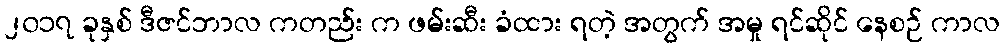
၂၀၁၇ ခုနှစ် ဒီဇင်ဘာလ ကတည်း က ဖမ်းဆီး ခံထား ရတဲ့ အတွက် အမှု ရင်ဆိုင် နေစဉ် ကာလ